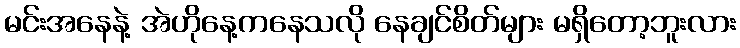
မင်းအနေနဲ့ အဲဟိုနေ့ကနေသလို နေချင်စိတ်များ မရှိတော့ဘူးလား